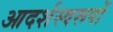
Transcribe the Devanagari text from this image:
आदर्शस्वरूपों